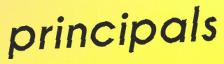
principals